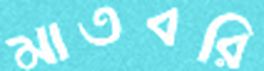
মাতবরি